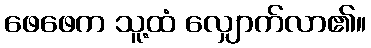
ဖေဖေက သူ့ထံ လျှောက်လာ၏။